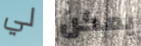
لي يمكن